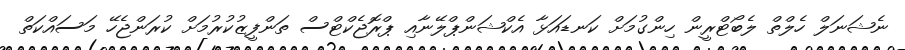
ނެޝަނަލް ހެލްތް ލެބޯޓްރީން ހިންގުމަށް ކަނޑައަޅާ އެކްޝަންޕްލޭނާއި ޕްރޮޖެކްޓްސް ތަންފީޒުކުރުމަށް ކުރަންޖެހޭ މަސައްކަތް